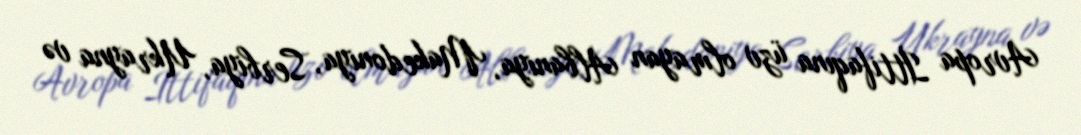
Avropa İttifaqına üzv olmayan Albaniya, Makedoniya, Serbiya, Ukrayna və